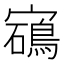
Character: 𡫰